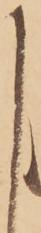
し